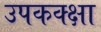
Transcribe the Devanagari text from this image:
उपकक्क्षा